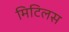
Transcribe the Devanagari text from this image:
मिटिलस